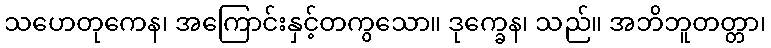
သဟေတုကေန၊ အကြောင်းနှင့်တကွသော။ ဒုက္ခေန၊ သည်။ အဘိဘူတတ္တာ၊